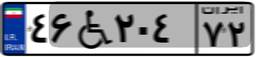
۲۰W۹۷۷۱۶